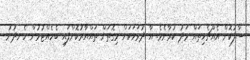
ސާފުކޮށް އެއްޗެހިތައް މަދު ކުރާށެވެ. އާ ދުވަހަކަށް މިގޮތަށް ތައްޔާރުކޮށްފައި ބެހެއްޓުމުން ހެނދުނު